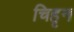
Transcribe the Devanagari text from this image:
चिहृन